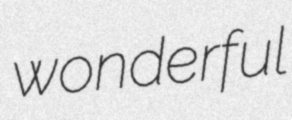
wonderful